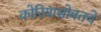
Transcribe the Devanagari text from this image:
कोरियासोबतचे